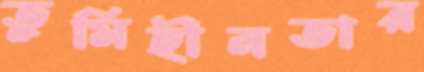
তুমিহীনতার